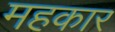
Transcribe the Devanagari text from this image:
महकार